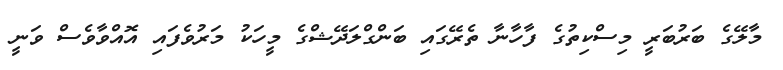
މާލޭގެ ބަރުބަރީ މިސްކިތުގެ ފާހާނާ ތެރޭގައި ބަންގްލަދޭޝްގެ މީހަކު މަރުވެފައި އޮއްވާވެސް ވަނީ